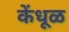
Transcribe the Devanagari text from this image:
केंधूळ